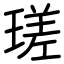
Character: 瑳